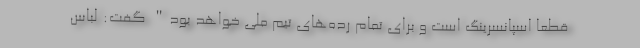
قطعا اسپانسرینگ است و برای تمام رده‌های تیم ملی خواهد بود" گفت: لباس